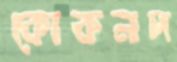
কোকনদ